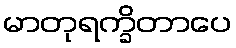
မာတုရက္ခိတာပေ